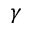
\gamma